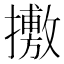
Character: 㩤